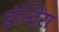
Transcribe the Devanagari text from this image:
इंन्दिरा